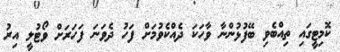
ކޮމިޓީގައި ތިއްބެވި ބޭފުޅުންނާ ވާހަކަ ދެއްކެވުމަށް ފަހު ދެވަނަ ފަހަރަށް ވޯޓުލީ އިރު